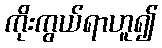
ကိုးကွယ်ရာဟူ၍